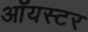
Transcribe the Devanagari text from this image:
ऑयस्टर